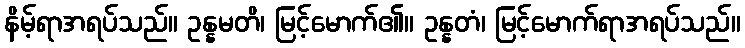
နိမ့်ရာအရပ်သည်။ ဥန္နမတိ၊ မြင့်မောက်၏။ ဥန္နတံ၊ မြင့်မောက်ရာအရပ်သည်။